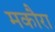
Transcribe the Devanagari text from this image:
मकौरा